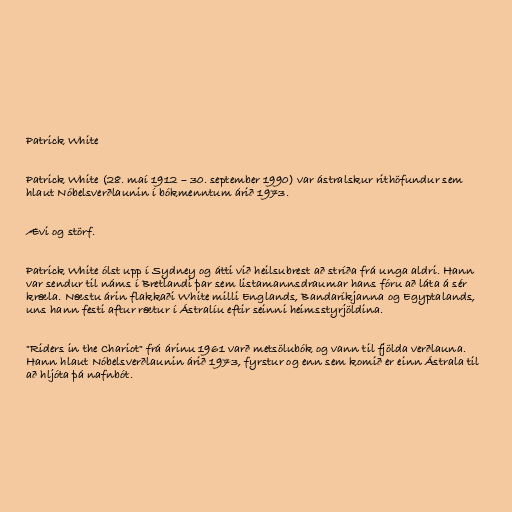
Patrick White

Patrick White (28. maí 1912 – 30. september 1990) var ástralskur rithöfundur sem
hlaut Nóbelsverðlaunin í bókmenntum árið 1973.

Ævi og störf.

Patrick White ólst upp í Sydney og átti við heilsubrest að stríða frá unga aldri. Hann
var sendur til náms í Bretlandi þar sem listamannsdraumar hans fóru að láta á sér
kræla. Næstu árin flakkaði White milli Englands, Bandaríkjanna og Egyptalands,
uns hann festi aftur rætur í Ástralíu eftir seinni heimsstyrjöldina.

"Riders in the Chariot" frá árinu 1961 varð metsölubók og vann til fjölda verðlauna.
Hann hlaut Nóbelsverðlaunin árið 1973, fyrstur og enn sem komið er einn Ástrala til
að hljóta þá nafnbót.